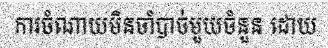
ការចំណាយមិនចាំបាច់មួយចំនួន ដោយ